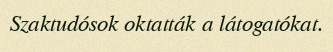
Szaktudósok oktatták a látogatókat.